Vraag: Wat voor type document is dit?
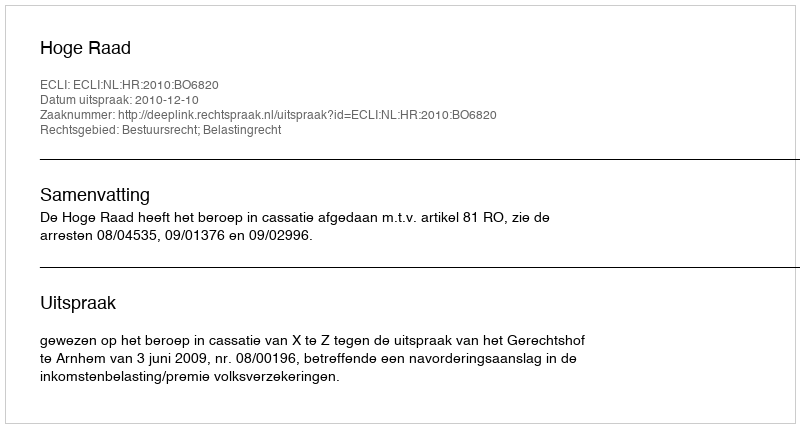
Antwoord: Uitspraak